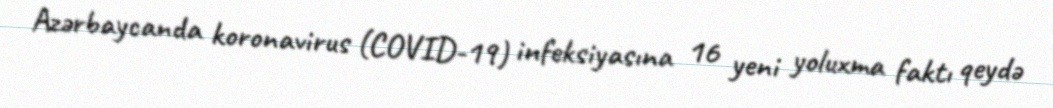
Azərbaycanda koronavirus (COVID-19) infeksiyasına 16 yeni yoluxma faktı qeydə